Annual administration and progress report of the Indian Medical Department, Bombay
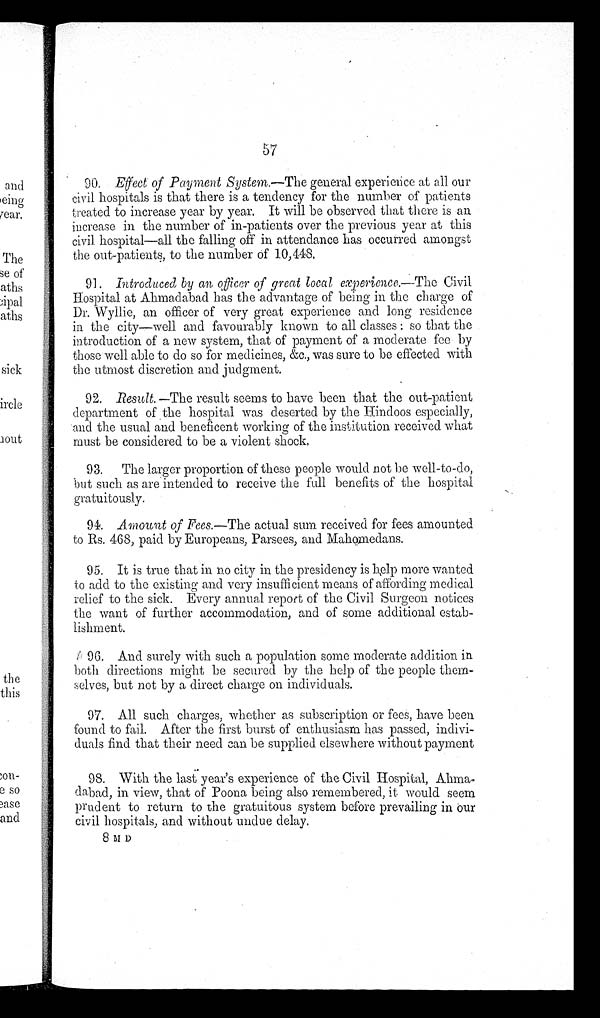
57
90. Effect of Payment System.—The general experience at all our
c i v i l h o s p i t a l s i s t h a t t h e r e i s a t e n d e n c y f o r t h e n u m b e r o f p a t i e n t s
treated to increase year by year. It will be observed that there is an
increase in the number of in-patients over the previous year at this
c i v i l h o s p i t a l — a l l t h e f a l l i n g o f f i n a t t e n d a n c e h a s o c c u r r e d a m o n g s t
the out-patients, to the number Of 10,448.
91.
Introduced by an officer of great local experience.— The Civil
Hospital at Ahmadabad has the advantage of being in the charge of
Dr. Wyllie, an officer of very great experience and long residence
in the city—well and favourably known to all classes : so that the
introduction of a new system, that of payment of a moderate fee by
those well able to do so for medicines, &c., was sure to be effected with
the utmost discretion and judgment.
92. Result. —The result seems to have been that the out-patient
d e p a r t m e n t o f t h e h o s p i t a l w a s d e s e r t e d b y t h e H i n d o o s e s p e c i a l l y ,
and the usual and beneficent working of the institution received what
m u s t b e c o n s i d e r e d t o b e a v i o l e n t s h o c k .
93. The larger proportion of these people would not be well-to-do,
but such as are intended to receive the full benefits of the hospital
gratuitously.
94. Amount of Fees.—The actual sum received for fees amounted
to Rs. 468, paid by Europeans, Parsees, and Mahomedans.
95. It is true that in no city in the presidency is help more wanted
to add to the existing and very insufficient means of affording medical
relief to the sick. Every annual report of the Civil Surgeon notices
the want of further accommodation, and of some additional estab
-
lishment.
96. And surely with such a population some moderate addition in
both directions might be secured by the help of the people them-
selves, but not by a direct charge on individuals.
97. All such charges, whether as subscription or fees, have been
found to fail. After the first burst of enthusiasm has passed, indivi--
duals find that their need can be supplied elsewhere without payment
98. With the last year's experience of the Civil Hospital, Ahma-
dabad, in view, that of Poona being also remembered, it would seem
prudent to return to the gratuitous system before prevailing in our
civil hospitals, and without undue delay.
8 M D